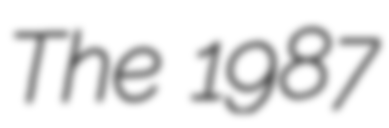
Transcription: The 1987